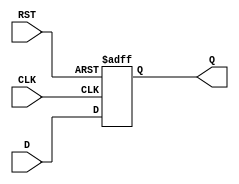
module IntermediateRegister #(
    parameter WIDTH = 8  // Parameter to define the width of the register
)(
    input wire [WIDTH-1:0] D,   // Data input
    input wire CLK,              // Clock signal
    input wire RST,              // Reset signal
    output reg [WIDTH-1:0] Q     // Data output
);

    // Asynchronous Reset Logic
    always @ (posedge CLK or posedge RST) begin
        if (RST) begin
            Q <= {WIDTH{1'b0}};    // Clear the register to zero when reset is high
        end else begin
            Q <= D;                // Capture the data input on clock edge
        end
    end

endmodule